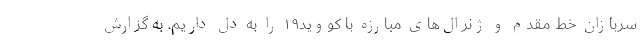
سربازان خط مقدم و ژنرال‌های مبارزه با کووید۱۹ را به دل داریم. به گزارش